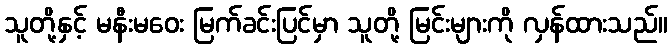
သူတို့နှင့် မနီးမဝေး မြက်ခင်းပြင်မှာ သူတို့ မြင်းများကို လှန်ထားသည်။